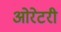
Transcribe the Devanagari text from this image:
ओरेटरी